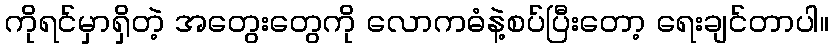
ကိုရင်မှာရှိတဲ့ အတွေးတွေကို လောကဓံနဲ့စပ်ပြီးတော့ ရေးချင်တာပါ။